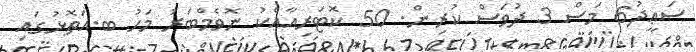
ސަޢީދު6 މަސް 3 ދުވަސް ކުރިން. 50 ކޮޓަރިއާއެކު ނޮވެމްބަރު މަހު ބ.އަތޮޅުގައި